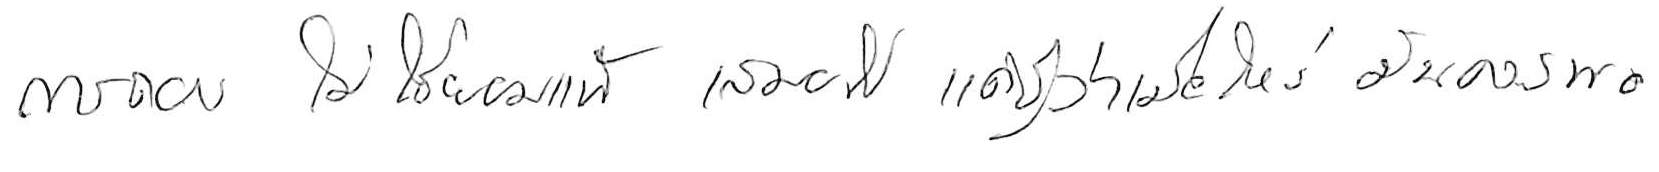
การถอย ไม่ใช่ยอมแพ้ เสมอไป แค่รู้ว่าเมื่อไหร่ มันควรพอ